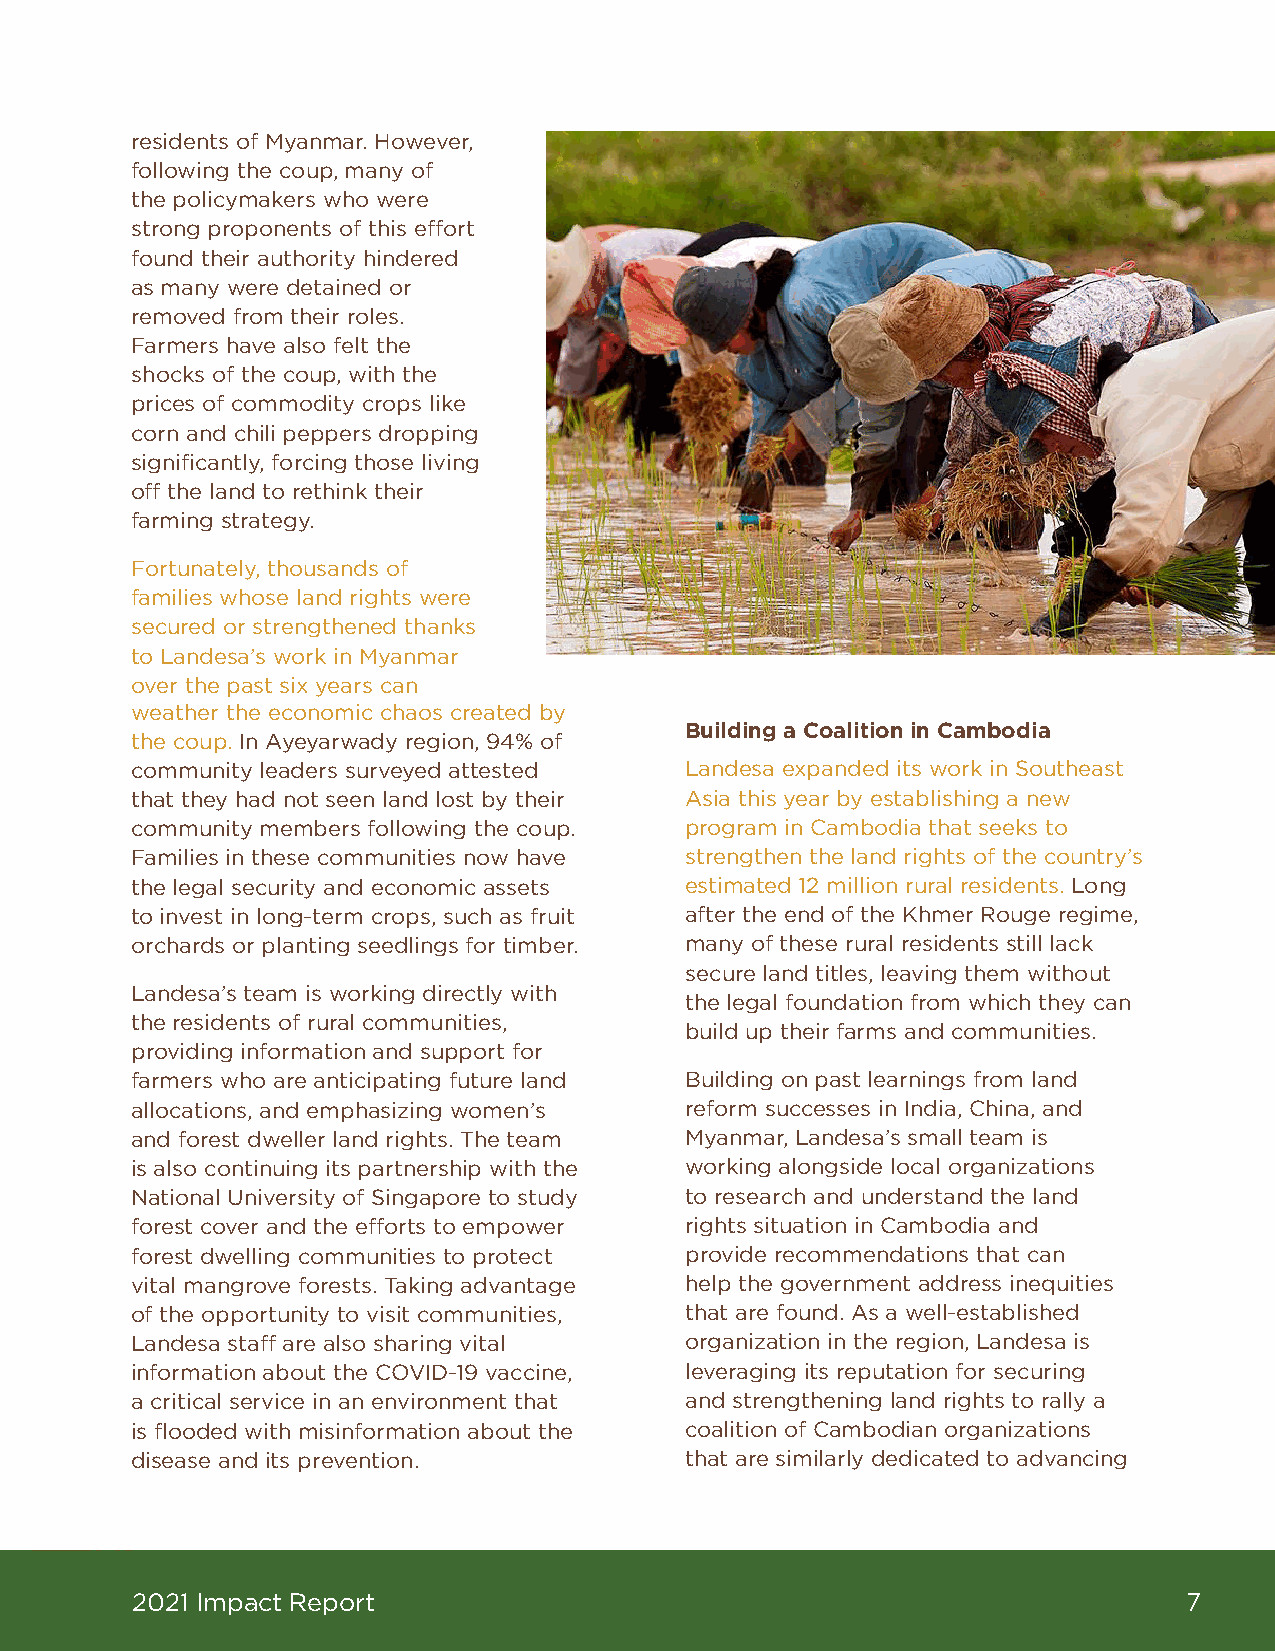
residents of Myanmar. However,
 following the coup, many of
 the policymakers who were
 strong proponents of this effort
 found their authority hindered
 as many were detained or
 removed from their roles.
 Farmers have also felt the
 shocks of the coup, with the
 prices of commodity crops like
 corn and chili peppers dropping
 significantly, forcing those living
 off the land to rethink their
 farming strategy.
 Fortunately, thousands of
 families whose land rights were
 secured or strengthened thanks
 to Landesa’s work in Myanmar
 over the past six years can
 weather the economic chaos created by
 Building a Coalition in Cambodia
 the coup. In Ayeyarwady region, 94% of
 community leaders surveyed attested Landesa expanded its work in Southeast
 that they had not seen land lost by their Asia this year by establishing a new
 community members following the coup. program in Cambodia that seeks to
 Families in these communities now have strengthen the land rights of the country’s
 the legal security and economic assets estimated 12 million rural residents. Long
 to invest in long-term crops, such as fruit after the end of the Khmer Rouge regime,
 orchards or planting seedlings for timber. many of these rural residents still lack
 secure land titles, leaving them without
 Landesa’s team is working directly with
 the legal foundation from which they can
 the residents of rural communities,
 build up their farms and communities.
 providing information and support for
 farmers who are anticipating future land Building on past learnings from land
 allocations, and emphasizing women’s reform successes in India, China, and
 and forest dweller land rights. The team Myanmar, Landesa’s small team is
 is also continuing its partnership with the working alongside local organizations
 National University of Singapore to study to research and understand the land
 forest cover and the efforts to empower rights situation in Cambodia and
 forest dwelling communities to protect provide recommendations that can
 vital mangrove forests. Taking advantage help the government address inequities
 of the opportunity to visit communities, that are found. As a well-established
 Landesa staff are also sharing vital organization in the region, Landesa is
 information about the COVID-19 vaccine, leveraging its reputation for securing
 a critical service in an environment that and strengthening land rights to rally a
 is flooded with misinformation about the coalition of Cambodian organizations
 disease and its prevention.         that are similarly dedicated to advancing
 2021 Impact Report                                                    7